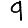
Digit: 9